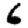
Digit: 6